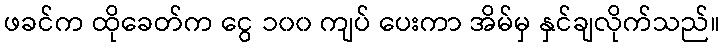
ဖခင်က ထိုခေတ်က ငွေ ၁၀၀ ကျပ် ပေးကာ အိမ်မှ နှင်ချလိုက်သည်။